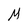
Character: M